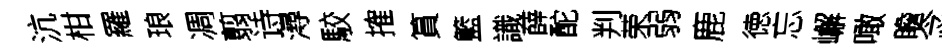
沆柑羅琅凋翦诗潯駮搉篔籃識薛酡判荣弱鹿徳忘嶰噉瞻念